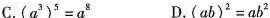
C. $$( a ^ { 3 } ) ^ { 5 } = a ^ { 8 }$$ D. $$( a b ) ^ { 2 } = a b ^ { 2 }$$